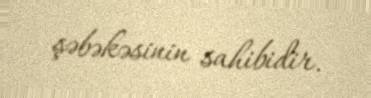
şəbəkəsinin sahibidir.